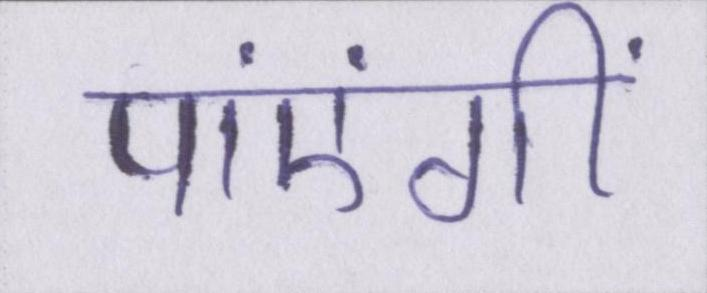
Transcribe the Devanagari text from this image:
पाएंगीं